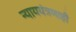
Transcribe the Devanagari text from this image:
न्याययंत्रणाही